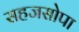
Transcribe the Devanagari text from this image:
सहजसोपा